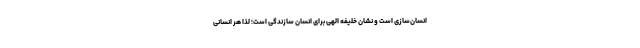
انسان‌سازی است و نشان خلیفه الهی برای انسان سازندگی است؛ لذا هر انسانی